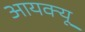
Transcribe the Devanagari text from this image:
आयक्यू